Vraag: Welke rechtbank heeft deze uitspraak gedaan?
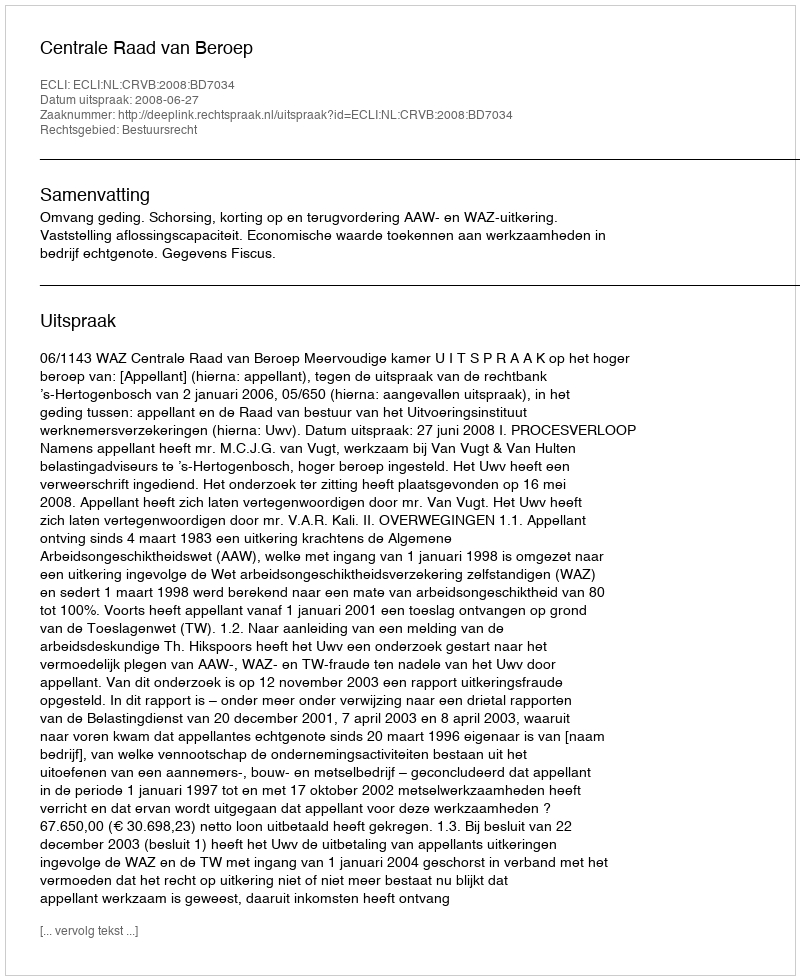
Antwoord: Centrale Raad van Beroep